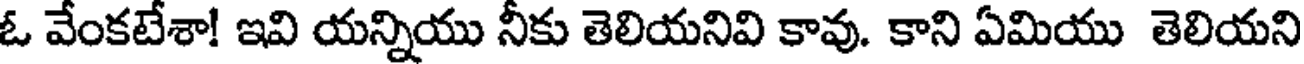
ఓ వేంకటేశా! ఇవి యన్నియు నీకు తెలియనివి కావు. కాని ఏమియు తెలియని